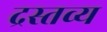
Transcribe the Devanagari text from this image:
द्रस्तव्य